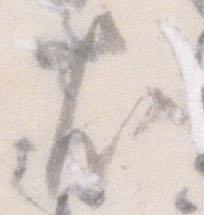
尤